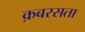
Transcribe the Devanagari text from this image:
क़बरसता